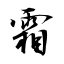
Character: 霜